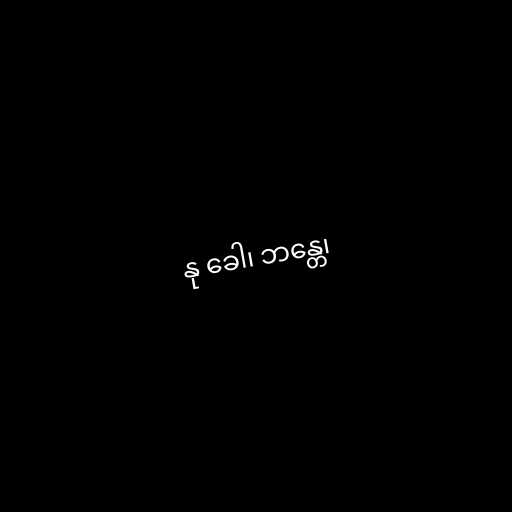
နု ခေါ၊ ဘန္တေ၊